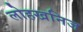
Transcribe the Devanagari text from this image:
लोहखनिज